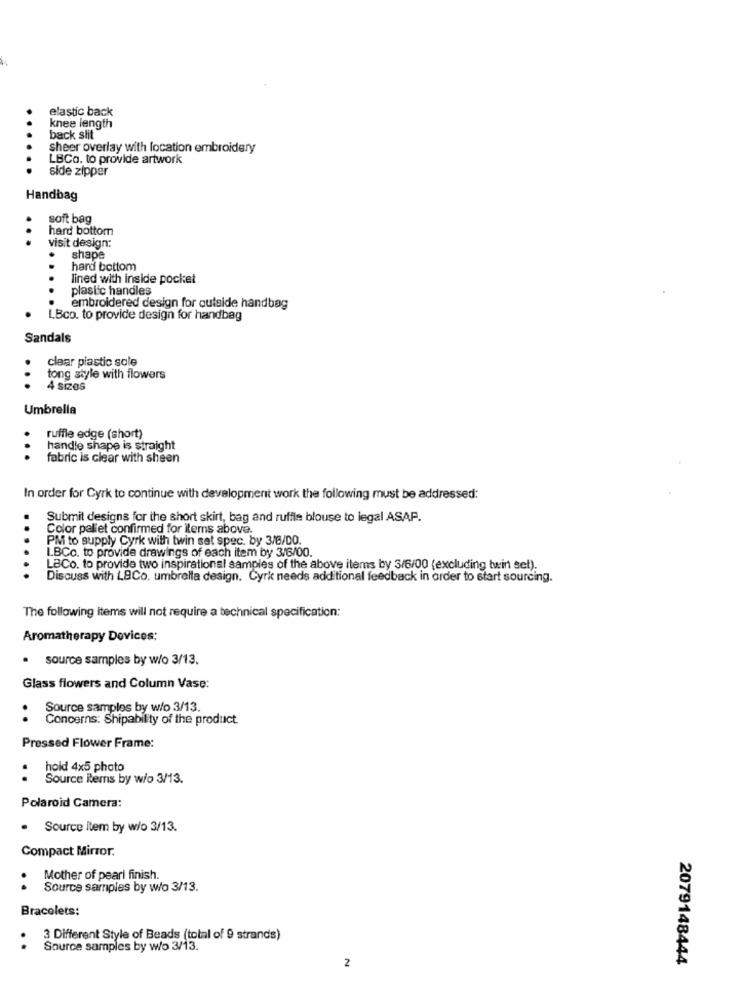
elastic back
knee length
back slit
sheer overlay with location embroidery
LBCo. to provide artwork
side zipper
Handbag
soft bag
hard bottom
visit design:
shape
hard bottom
lined with inside pocket
plastic handles
embroidered design for outside handbag
LBco. to provide design for handbag
Sandals
clear piastic sole
tong style with flowers
4 sizes
Umbrella
ruffle edge (short)
handle shape is straight
...
fabric is clear with sheen
In order for Cyrk to continue with development work the following must be addressed:
Submit designs for the short skirt, bag and ruffle blouse to legal ASAP.
Color pallet confirmed for items above.
PM to supply Cyrk with twin set spec. by 3/6/DO.
LBCo. to provide drawings of each item by 3/6/00.
LBCo. to provide two inspirational samples of the above items by 3/6/00 (excluding twin set).
Discuss with LBCo, umbrella design. Cyrk needs additional feedback in order to start sourcing.
The following items will not require a technical specification:
Aromatherapy Devices:
.
source samples by w/o 3/13.
Glass flowers and Column Vase:
Source samples by w/o 3/13.
Concerns: Shipability of the product.
Pressed Flower Frame:
hold 4x5 photo
..
Source items by wio 3/13.
Polaroid Camera:
· Source item by w/o 3/13.
Compact Mirror.
Mother of pearl finish.
..
Source samples by w/o 3/13.
Bracelets:
3 Different Style of Beads (total of 9 strands)
..
Source samples by wo 3/13.
2079148444
2